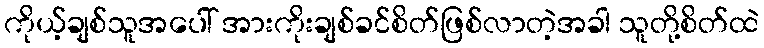
ကိုယ့်ချစ်သူအပေါ် အားကိုးချစ်ခင်စိတ်ဖြစ်လာတဲ့အခါ သူတို့စိတ်ထဲ